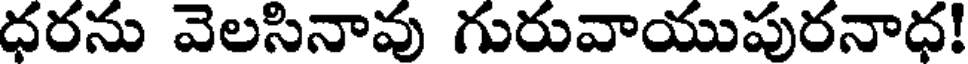
ధరను వెలసినావు గురువాయుపురనాధ!